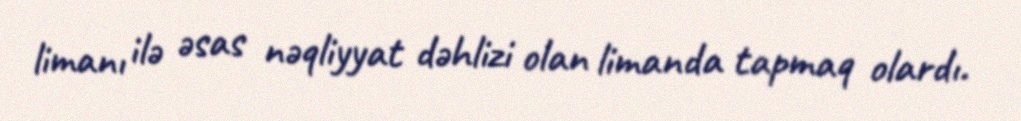
limanı ilə əsas nəqliyyat dəhlizi olan limanda tapmaq olardı.